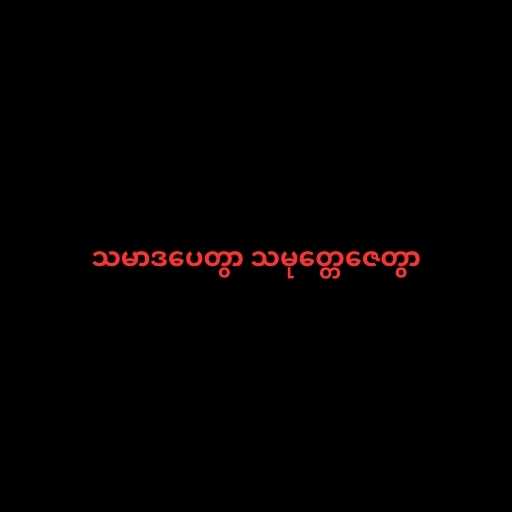
သမာဒပေတွာ သမုတ္တေဇေတွာ